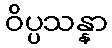
ဝိပ္ပသန္နာ